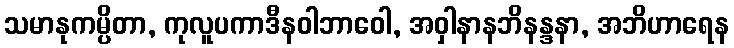
သမာနုကမ္ပိတာ, ကုလူပကာဒီနဝါဘာဝေါ, အဝှါနာနဘိနန္ဒနာ, အဘိဟာရေန